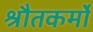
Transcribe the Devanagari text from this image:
श्रौतकर्मों